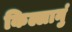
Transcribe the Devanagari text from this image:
किल्लानुं